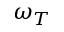
\omega _ { T }